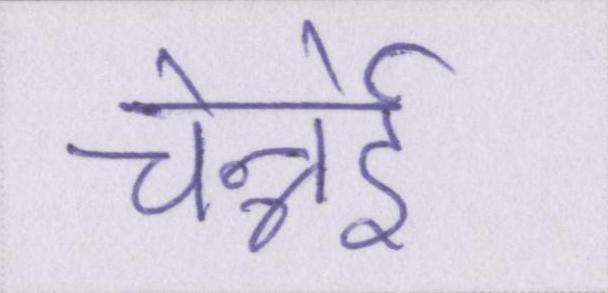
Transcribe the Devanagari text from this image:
चेन्नेई